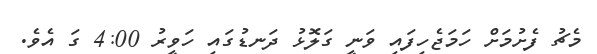
މެޗު ފެށުމަށް ހަމަޖެހިފައި ވަނީ ގަލޮޅު ދަނޑުގައި ހަވީރު 4:00 ގަ އެވެ.